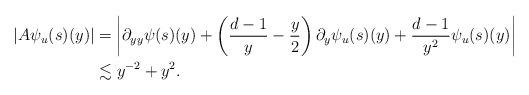
LaTeX: \begin{align*} \lvert A\psi_{u}(s)(y)\rvert&=\left\lvert\partial_{yy}\psi(s)(y)+\left(\frac{d-1}{y}-\frac{y}{2}\right)\partial_{y}\psi_{u}(s)(y)+\frac{d-1}{y^{2}}\psi_{u}(s)(y)\right\rvert\\ &\lesssim y^{-2}+y^{2}. \end{align*}